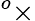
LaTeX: ^o\times